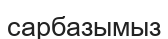
сарбазымыз